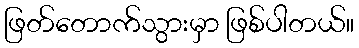
ဖြတ်တောက်သွားမှာ ဖြစ်ပါတယ်။